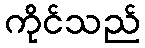
ကိုင်သည်